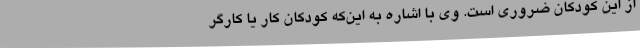
از این کودکان ضروری است. وی با اشاره به این‌که کودکان کار یا کارگر